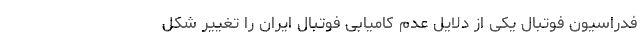
فدراسیون فوتبال یکی از دلایل عدم کامیابی فوتبال ایران را تغییر شکل